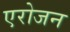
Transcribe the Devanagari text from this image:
एरोजन